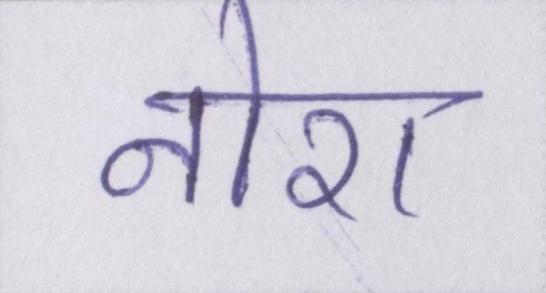
नोरा